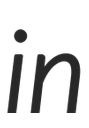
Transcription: in